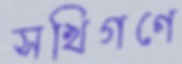
সখিগণে